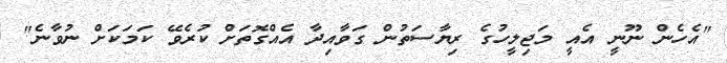
"އެހެން ނޫނީ އެއީ މަޖިލީހުގެ ރިޔާސަތުން ގަވާއިދާ އެއްގޮތަށް ކުރެވޭ ކަމަކަށް ނުވާނެ"